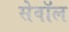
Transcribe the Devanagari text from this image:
सेवॉल